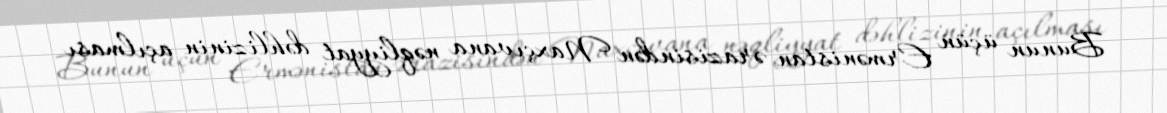
Bunun üçün Ermənistan ərazisindən Naxçıvana nəqliyyat dəhlizinin açılması